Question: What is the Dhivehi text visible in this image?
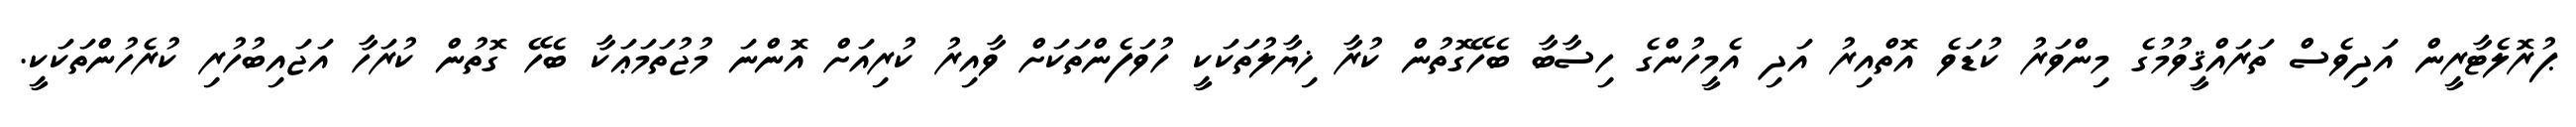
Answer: ޕުރޮލެޓާރީން އަދިވެސް ތަރައްޤީވުމުގެ މިންވަރު ކުޑަވެ އޮތްއިރު އަދި އެމީހުންގެ ހިސާބާ ބެހޭގޮތުން ކުރާ ޚިޔާލުތަކަކީ ހުވަފެންތަކަށް ވާއިރު ކުރިއަށް އޮންނަ މުޖުތަމަޢަކާ ބެހޭ ގޮތުން ކުރަހާ އަޖައިބުހުރި ކުރެހުންތަކަކީ.